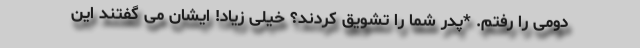
دومی را رفتم. *پدر شما را تشویق کردند؟ خیلی زیاد! ایشان می گفتند این